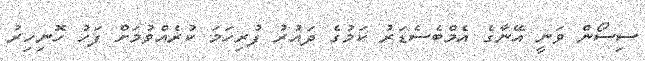
ސިސޯން ވަނީ އޭނާގެ އެމްބެސެޑަރު ކަމުގެ ދައުރު ފުރިހަމަ ކުރެއްވުމަށް ފަހު ހޮނިހިރު